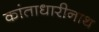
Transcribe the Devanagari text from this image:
कांताधारीनाथ